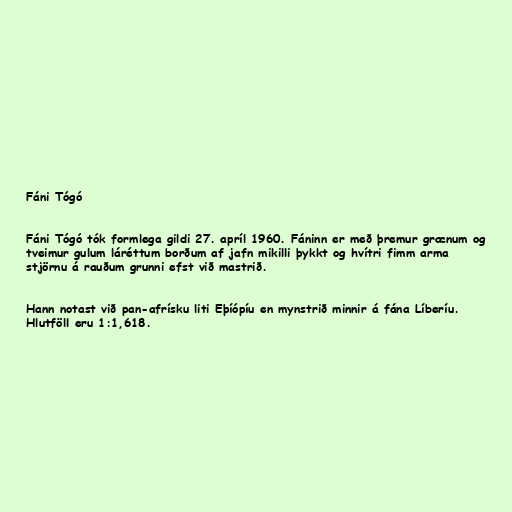
Fáni Tógó

Fáni Tógó tók formlega gildi 27. apríl 1960. Fáninn er með þremur grænum og
tveimur gulum láréttum borðum af jafn mikilli þykkt og hvítri fimm arma
stjörnu á rauðum grunni efst við mastrið.

Hann notast við pan-afrísku liti Eþíópíu en mynstrið minnir á fána Líberíu.
Hlutföll eru 1:1,618.